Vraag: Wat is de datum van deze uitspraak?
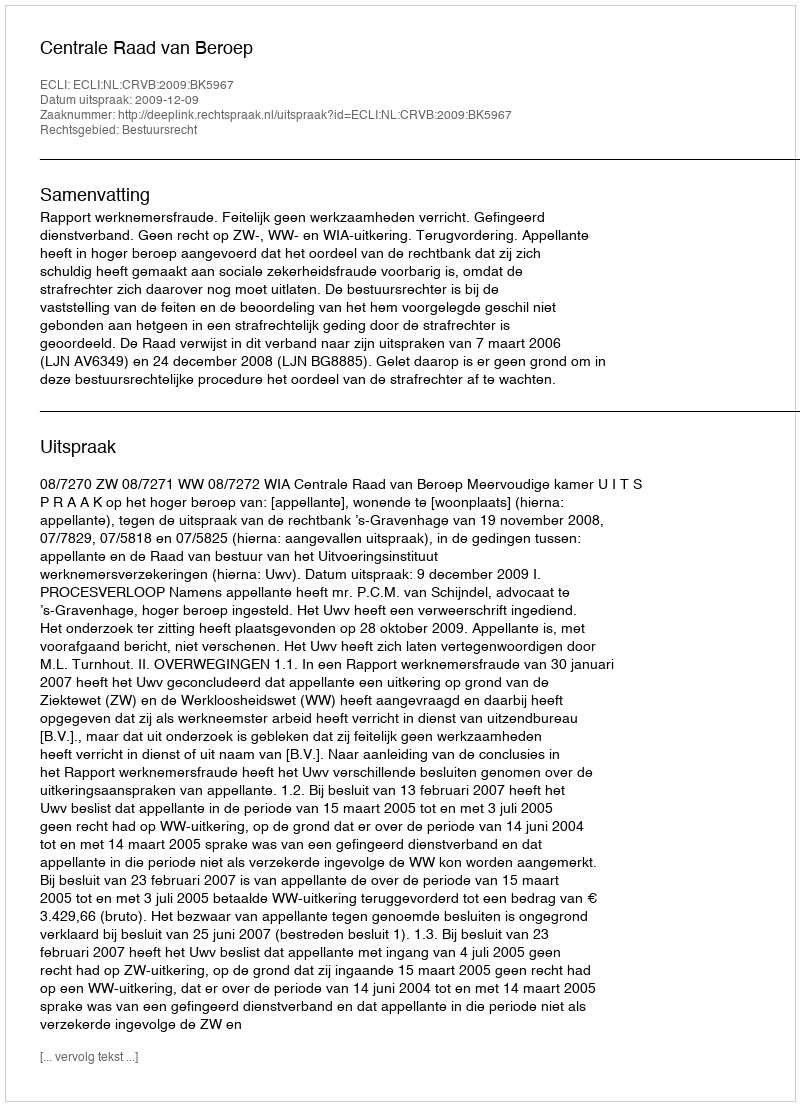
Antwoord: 2009-12-09